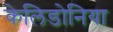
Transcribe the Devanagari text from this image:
केलिडोनिया